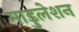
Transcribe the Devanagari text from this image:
माडुलेशन